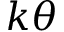
k \theta